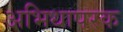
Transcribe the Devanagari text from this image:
अभिधापरक